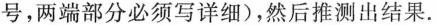
号，两端部分必须写详细)，然后推测出结果.